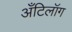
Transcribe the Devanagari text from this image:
अँटिलॉग